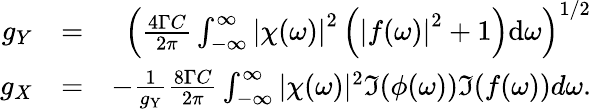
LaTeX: \begin{array}{rlr}{g_{Y}}&{=}&{\left(\frac{4\Gamma C}{2\pi}\int_{-\infty}^{\infty}\left|\chi(\omega)\right|^{2}\left(\left|f(\omega)\right|^{2}+1\right)\mathrm{d}\omega\right)^{1/2}}\\ {g_{X}}&{=}&{-\frac{1}{g_{\mathrm{Y}}}\frac{8\Gamma C}{2\pi}\int_{-\infty}^{\infty}|\chi(\omega)|^{2}\Im{(\phi(\omega))\Im{(f(\omega))}}d\omega.}\end{array}